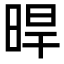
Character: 晘